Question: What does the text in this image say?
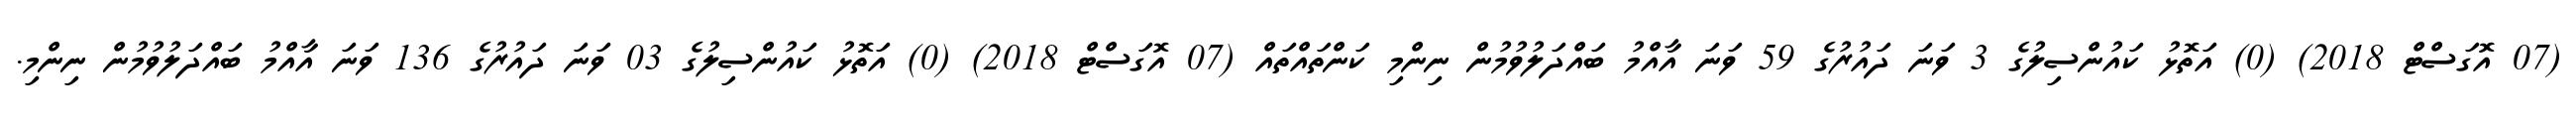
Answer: (07 އޮގަސްޓް 2018) (0) އަތޮޅު ކައުންސިލުގެ 3 ވަނަ ދައުރުގެ 59 ވަނަ އާއްމު ބައްދަލުވުމުން ނިންމި ކަންތައްތައް (07 އޮގަސްޓް 2018) (0) އަތޮޅު ކައުންސިލުގެ 03 ވަނަ ދައުރުގެ 136 ވަނަ އާއްމު ބައްދަލުވުމުން ނިންމި.